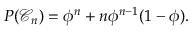
P ( \mathcal C _ { n } ) = \phi ^ { n } + n \phi ^ { n - 1 } ( 1 - \phi ) .